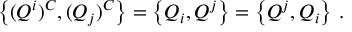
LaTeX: \left\{ ( Q ^ { i } ) ^ { C } , ( Q _ { j } ) ^ { C } \right\} = \left\{ Q _ { i } , Q ^ { j } \right\} = \left\{ Q ^ { j } , Q _ { i } \right\} \, .